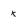
Character: k